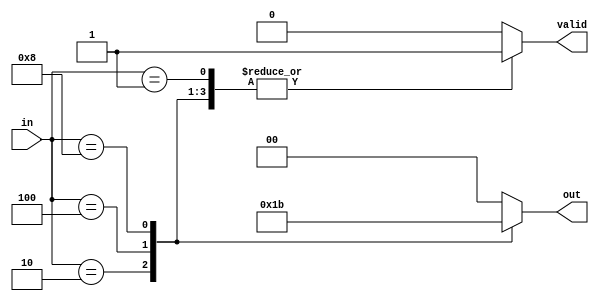
module relative_encoder (
    input wire [3:0] in,       // 4 one-hot encoded inputs
    output reg [1:0] out,      // 2-bit binary output
    output reg valid           // Indicates if an input is active
);

// Combinational logic to determine the binary output based on active input
always @(*) begin
    case (in)
        4'b0001: begin
            out = 2'b00; // Input 0 active
            valid = 1'b1;
        end
        4'b0010: begin
            out = 2'b01; // Input 1 active
            valid = 1'b1;
        end
        4'b0100: begin
            out = 2'b10; // Input 2 active
            valid = 1'b1;
        end
        4'b1000: begin
            out = 2'b11; // Input 3 active
            valid = 1'b1;
        end
        default: begin
            out = 2'b00; // Default output when no input is active
            valid = 1'b0; // No valid input
        end
    endcase
end

endmodule